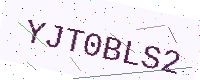
Text: YJT0BLS2